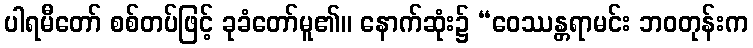
ပါရမီတော် စစ်တပ်ဖြင့် ခုခံတော်မူ၏။ နောက်ဆုံး၌ “ဝေဿန္တရာမင်း ဘဝတုန်းက